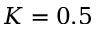
K = 0 . 5